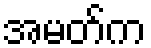
အမတ်က